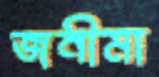
জনীমা